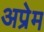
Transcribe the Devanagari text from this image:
अप्रेम